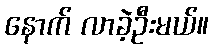
နောက် လာခဲ့ဦးမယ်။